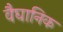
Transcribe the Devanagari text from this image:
वैघानिक